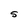
Character: S